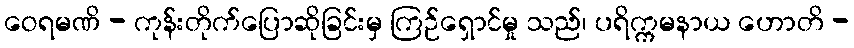
ဝေရမဏိ - ကုန်းတိုက်ပြောဆိုခြင်းမှ ကြဉ်ရှောင်မှု သည်၊ ပရိက္ကမနာယ ဟောတိ -